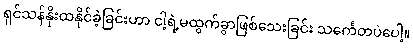
ရှင်သန်နိုးထနိုင်ခဲ့ခြင်းဟာ ငါ့ရဲ့မထွက်ခွာဖြစ်သေးခြင်း သင်္ကေတပဲပေါ့။